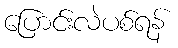
ပြောင်းလဲပစ်ရန်